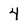
Character: 4